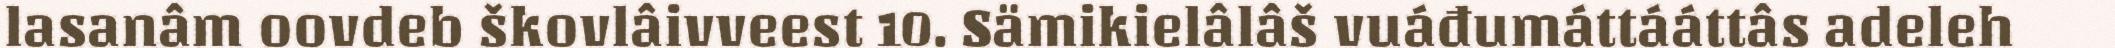
lasanâm oovdeb škovlâivveest 10. Sämikielâlâš vuáđumáttááttâs adeleh